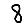
Digit: 8